On a parasite found in persons suffering from enlargement of the spleen in India - Number 15
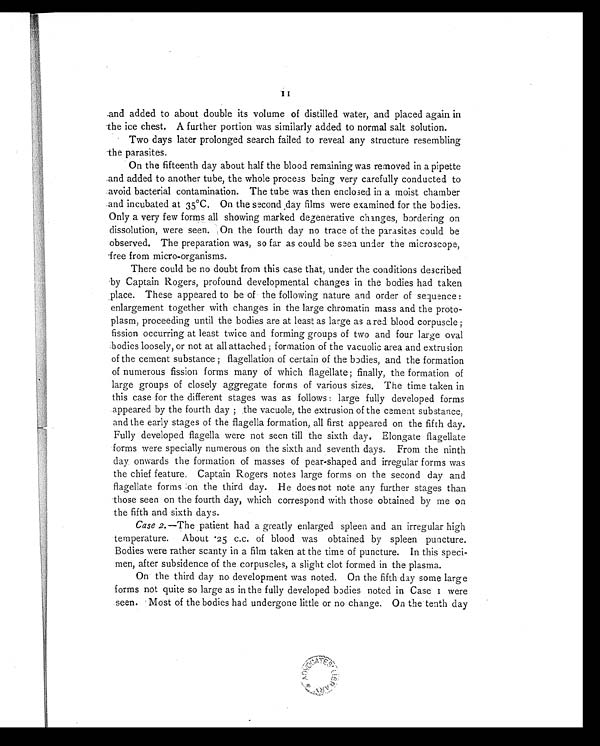
11
and added to about double its volume of distilled water, and placed again in
the ice chest. A further portion was similarly added to normal salt solution.
Two days later prolonged search failed to reveal any structure resembling
the parasites.
On the fifteenth day about half the blood remaining was removed in a pipette
and added to another tube, the whole process being very carefully conducted to
avoid bacterial contamination. The tube was then enclosed in a moist chamber
and incubated at 35ºC. On the second day films were examined for the bodies.
Only a very few forms all showing marked degenerative changes, bordering on
dissolution, were seen. On the fourth day no trace of the parasites could be
observed. The preparation was, so far as could be seen under the microscope,
free from micro-organisms.
There could be no doubt from this case that, under the conditions described
by Captain Rogers, profound developmental changes in the bodies had taken
place. These appeared to be of the following nature and order of seluence:
enlargement together with changes in the large chromatin mass and the proto-
plasm, proceeding until the bodies are at least as large as a red blood corpuscle;
fission occurring at least twice and forming groups of two and four large oval
bodies loosely, or not at all attached ; formation of the vacuolic area and extrusion
of the cement substance ; flagellation of certain of the bodies, and the formation
of numerous fission forms many of which flagellate; finally, the formation of
large groups of closely aggregate forms of various sizes. The time taken in
this case for the different stages was as follows : large fully developed forms
appeared by the fourth day ; the vacuole, the extrusion of the cement substance,
and the early stages of the flagella formation, all first appeared on the fifth day.
Fully developed flagella were not seen till the sixth day. Elongate flagellate
forms were specially numerous on the sixth and seventh days. From the ninth
day onwards the formation of masses of pear-shaped and irregular forms was
the chief feature. Captain Rogers notes large forms on the second day and
flagellate forms on the third day. He does not note any further stages than
those seen on the fourth day, which correspond with those obtained by me on
the fifth and sixth days.
Case 2. —The patient had a greatly enlarged spleen and an irregular high
temperature. About .25 c.c. of blood was obtained by spleen puncture.
Bodies were rather scanty in a film taken at the time of puncture. In this speci-
men, after subsidence of the corpuscles, a slight clot formed in the plasma.
On the third day no development was noted. On the fifth day some large
forms not quite so large as in the fully developed bodies noted in Case 1 were
seen. Most of the bodies had undergone little or no change. On the tenth day